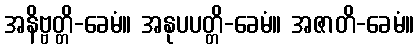
အနိဗ္ဗတ္တိ-ခေမံ။ အနုပပတ္တိ-ခေမံ။ အဇာတိ-ခေမံ။